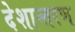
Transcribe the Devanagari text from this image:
देशान्तरण